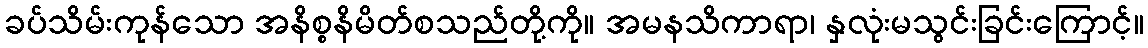
ခပ်သိမ်းကုန်သော အနိစ္စနိမိတ်စသည်တို့ကို။ အမနသိကာရာ၊ နှလုံးမသွင်းခြင်းကြောင့်။